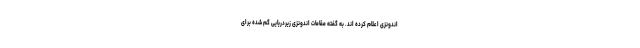
اندونزی اعلام کرده اند. به گفته مقامات اندونزی زیردریایی گم شده برای